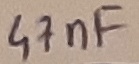
Text: 47nF